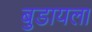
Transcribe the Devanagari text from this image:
बुडायला